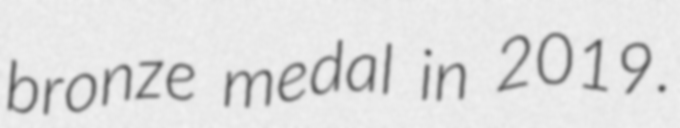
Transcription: bronze medal in 2019.